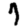
Digit: 7